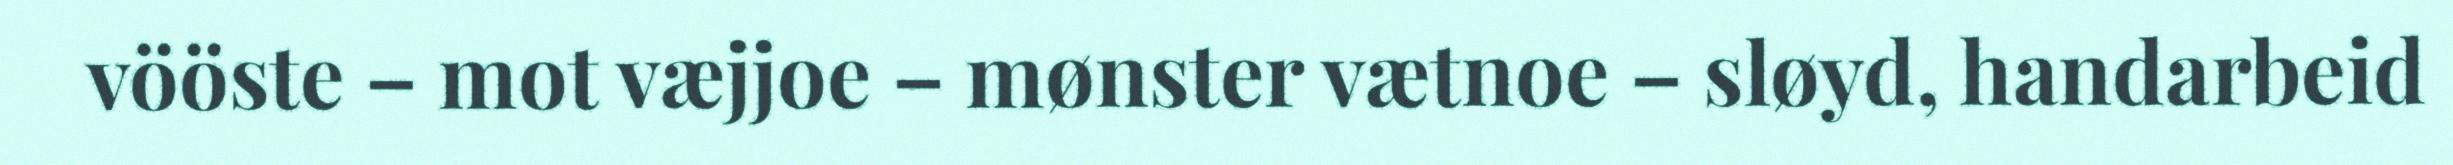
vööste – mot væjjoe – mønster vætnoe – sløyd, handarbeid